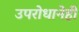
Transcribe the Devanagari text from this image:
उपरोधानेही